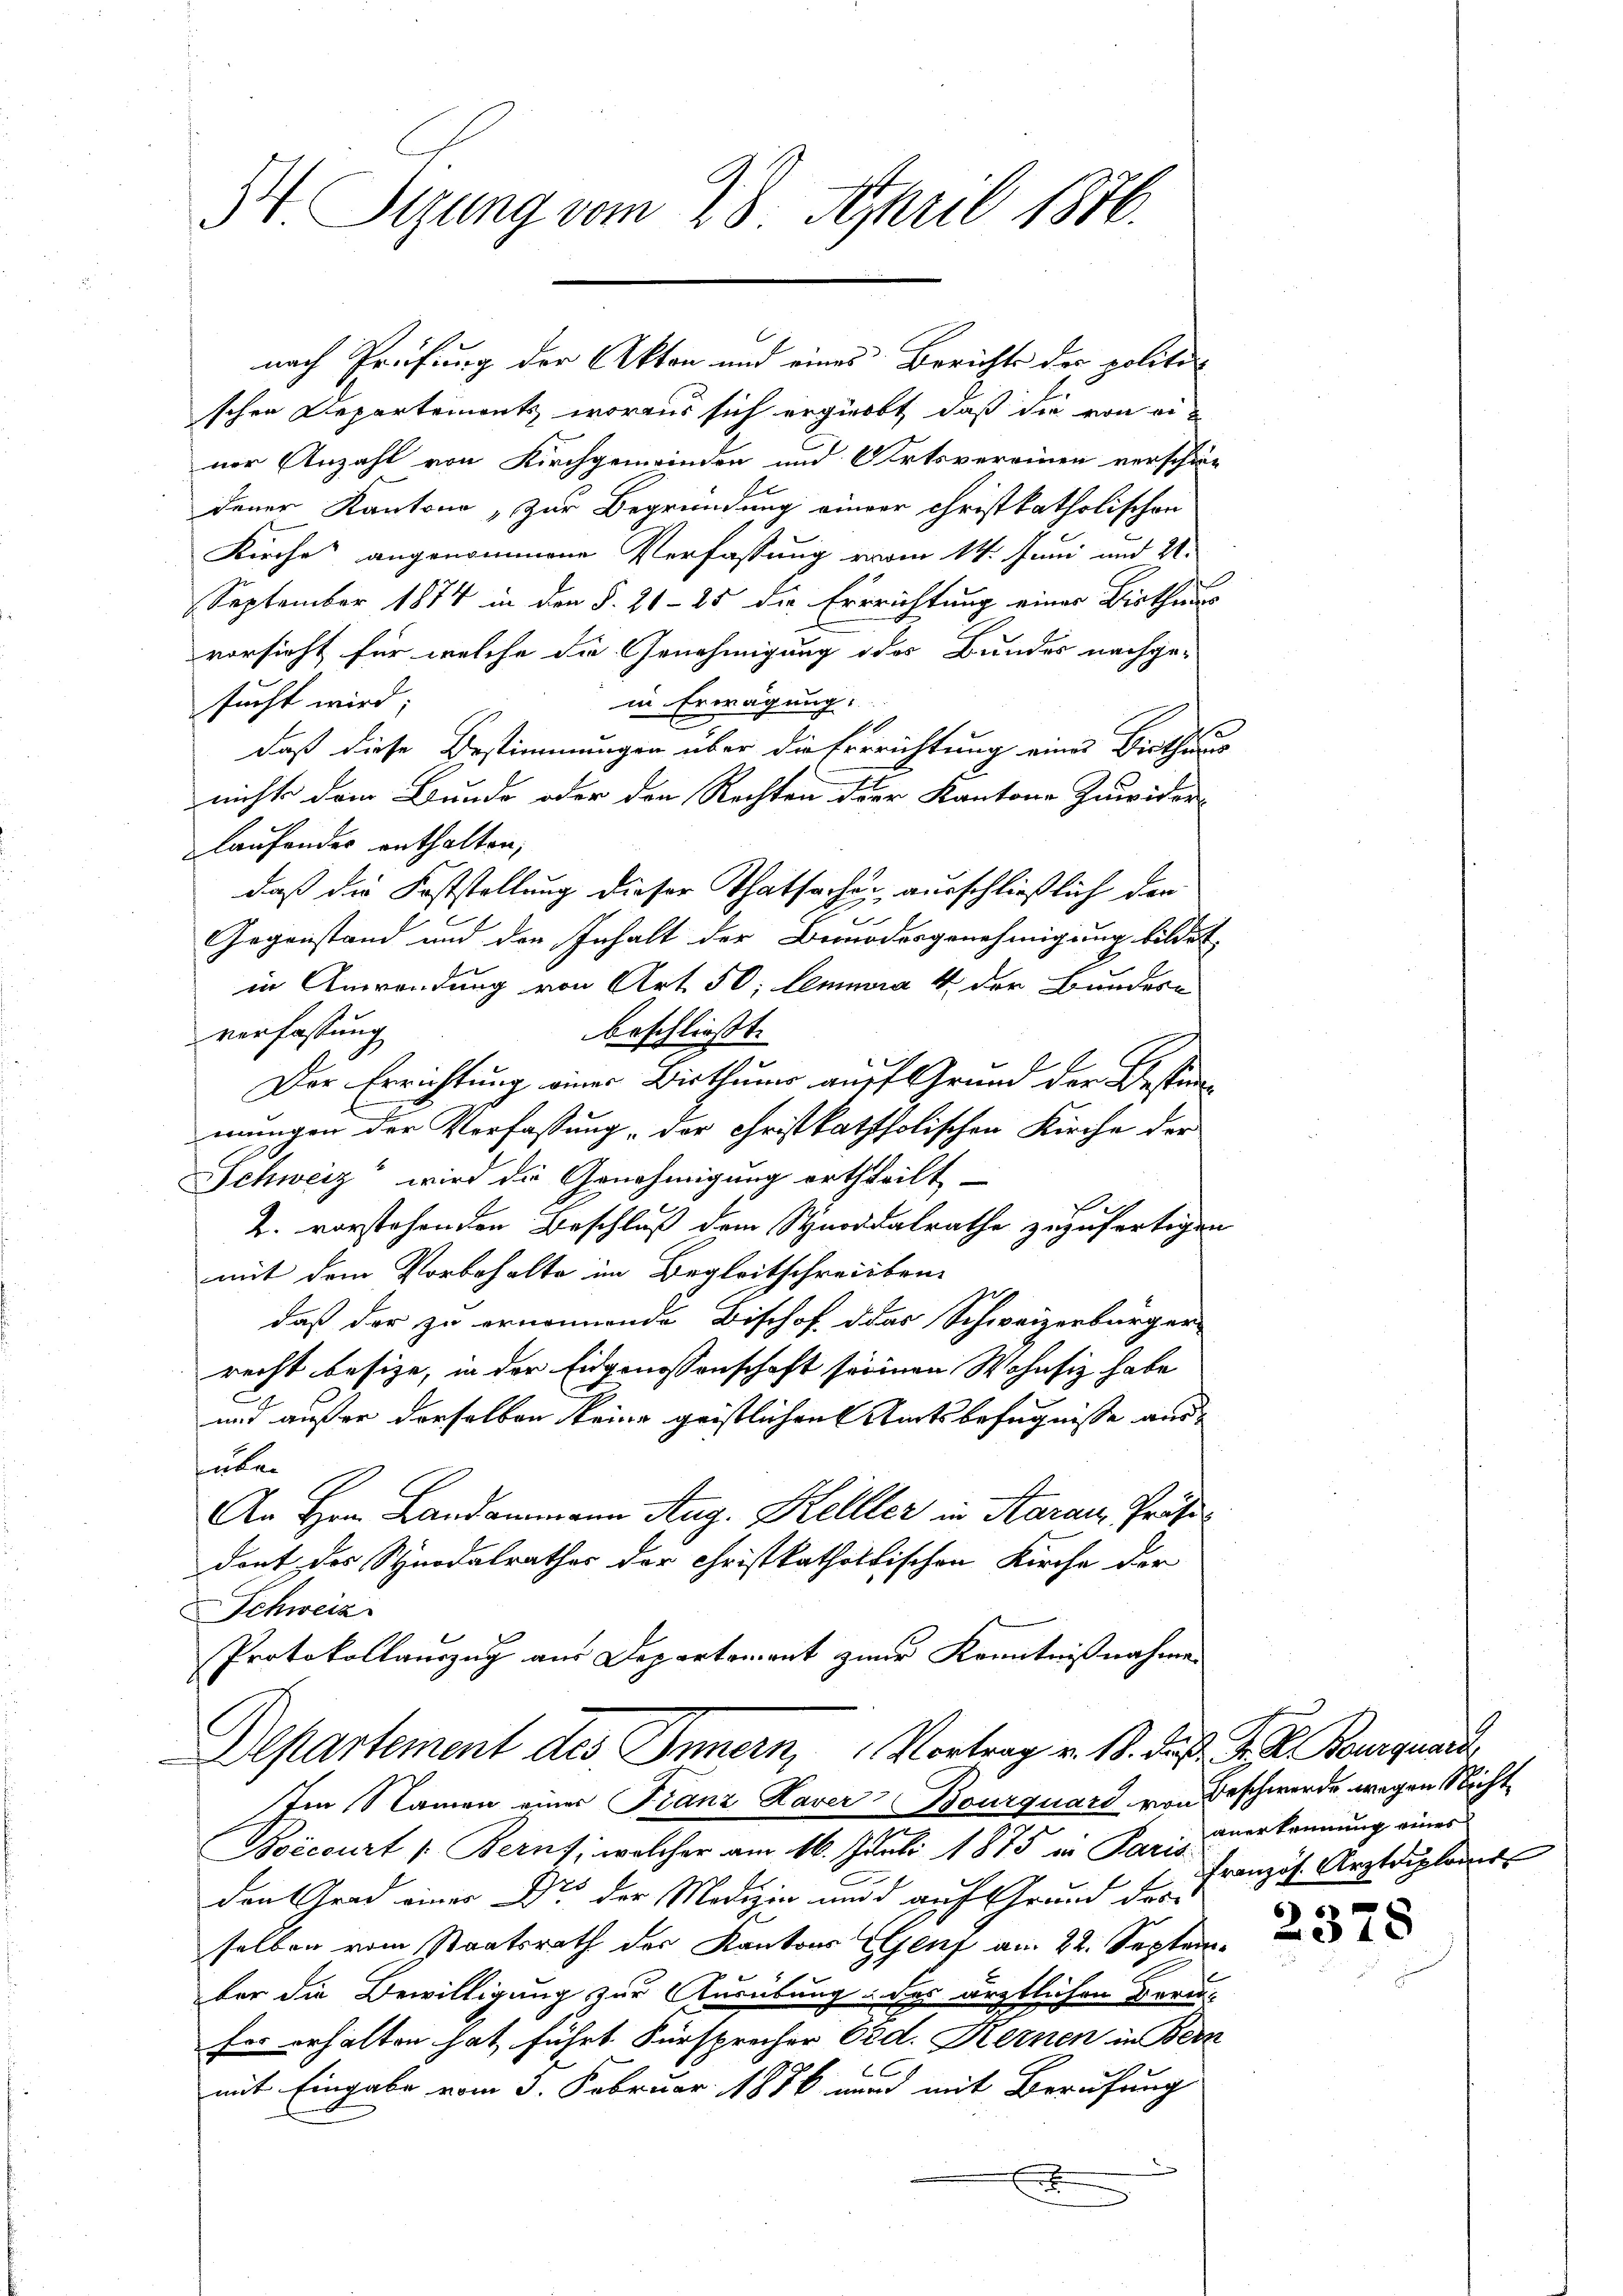
S. Tigung vom 28. April 1876.

schen Departemonts, woraus sich ergiebt, daß die von einer Anzahl von Kirchgemeinden und Ortsvereinen verschien
dener Kantone „Zur Begründung einer Christkatholischen
Kirche angenommene Verfassung vom 14. Juni und 4.
September 1874 in den §. 21 - 25 die Errrichtung einer Bisthaus
vorsicht für welche die Genehmigung oder Bundes nachge-
in Erwägung.
sucht wird;
daß diese Bestimmungen über die Errrichtung eines Bisthaus
nichts dem Bunde oder den Rechten der Kantone Zuwider-
laufendes enthalten,
daß die Feststellung dieser Thatsacher ausschließlich den
u
Gegenstand und den Inhalt der Bemodesgenehmigung bildet
in Anwendung von Art. 50; lemma 4 der Bundere
verfassung
beschließt:
e
Der Errichtung einer Bisthumer auf Grund der Bestimmungen der Verfassung, der Christkaththolischen Kirche der
Schweiz“ wird die Genehmigung ertheilt
2. vorstehenden Beschluß dem Synoddalrathe zuzufertigen
mit dem Vorbehalte im Begleitschreiben
daß der zu ernennende Bischof das Schweizerbürger-
recht besize, in der Eidgenossenschaft seinen Wohnsitz habe
und außer derselben keine geistlichen Amtsbefugnisse aus
über
An Hrn. Landammann Aug. Kelller in Aarau, Präsi
dont des Synodalrathes der Christkatholischen Kirche der
Schweiz
Protokollauszug aus Departement zur Kenntnißnahme
Departement des Innern, Vortrag v. M. D. P. F. P. Bourgnand
Im Namen einer Franz Haver Bourquard von Beschwerde wegen Nicht
Boicourt /: Berns, welcher am 16. Juni 1875 in Paris anerkennung eines
den Grad einer Dr. der Medizin und d auf Grund des
selben vom Staatsrath der Kantons Genf am 22. September die Bewilligung zur Ausübung der ärztlichen Berufer erhalten hat, führt Fürsprecher Ord. Kernen in Bern
.
mit Eingabe vom 3. Februar 1886 wird mit Berufung
x

nach Prüfung der Akten und eines Berichts der politi

.

Französ. Arztriploms

23